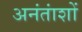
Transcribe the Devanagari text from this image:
अनंतांशों